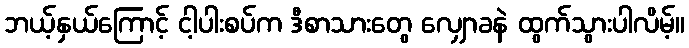
ဘယ့်နှယ်ကြောင့် ငါ့ပါးစပ်က ဒီစာသားတွေ လျှောခနဲ ထွက်သွားပါလိမ့်။